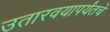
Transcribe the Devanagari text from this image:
उतारवयापर्यंतचे